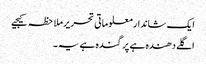
ایک شاندار معلوماتی تحریر ملاحظہ کیجیے
اگلے دھندہ ہے پر گندہ ہے یہ ۔